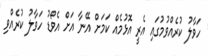
ހަވާލު ކުރެއްވުމުގައި އެރީ އޮޅުމެއް ކަމަށް އޭނާ އަށް އެވޯޑު ހަވާލު ކުރެއްވި